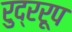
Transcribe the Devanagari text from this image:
रुद्ररूप